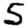
Digit: 5